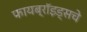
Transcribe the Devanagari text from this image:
फायब्रॉइड्सचे